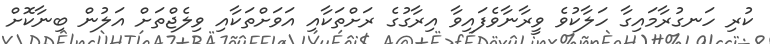
ކުރި ހަނގުރާމައިގާ ހަލާކުވެ ވީރާނާވެފައިވާ އިރާގުގެ ރަށްތަކާއި އަވަށްތަކާއި ވިލެޖްތަށް އަލުން ބިނާކޮށް